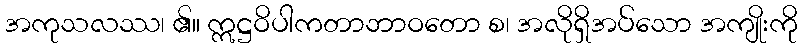
အကုသလဿ၊ ၏။ ဣဋ္ဌဝိပါကတာဘာဝတော စ၊ အလိုရှိအပ်သော အကျိုးကို